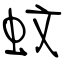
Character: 蚊